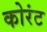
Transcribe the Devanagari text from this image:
कोरंट